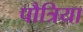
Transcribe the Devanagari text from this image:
पौत्रिया